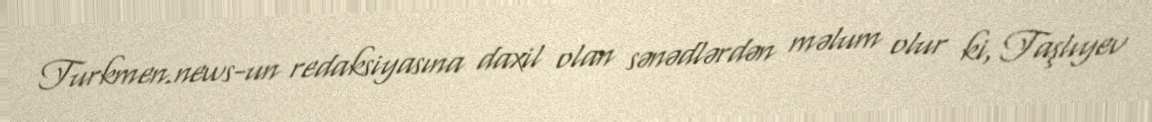
Turkmen.news-un redaksiyasına daxil olan sənədlərdən məlum olur ki, Taşlıyev